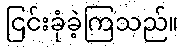
ငြင်းခုံခဲ့ကြသည်။